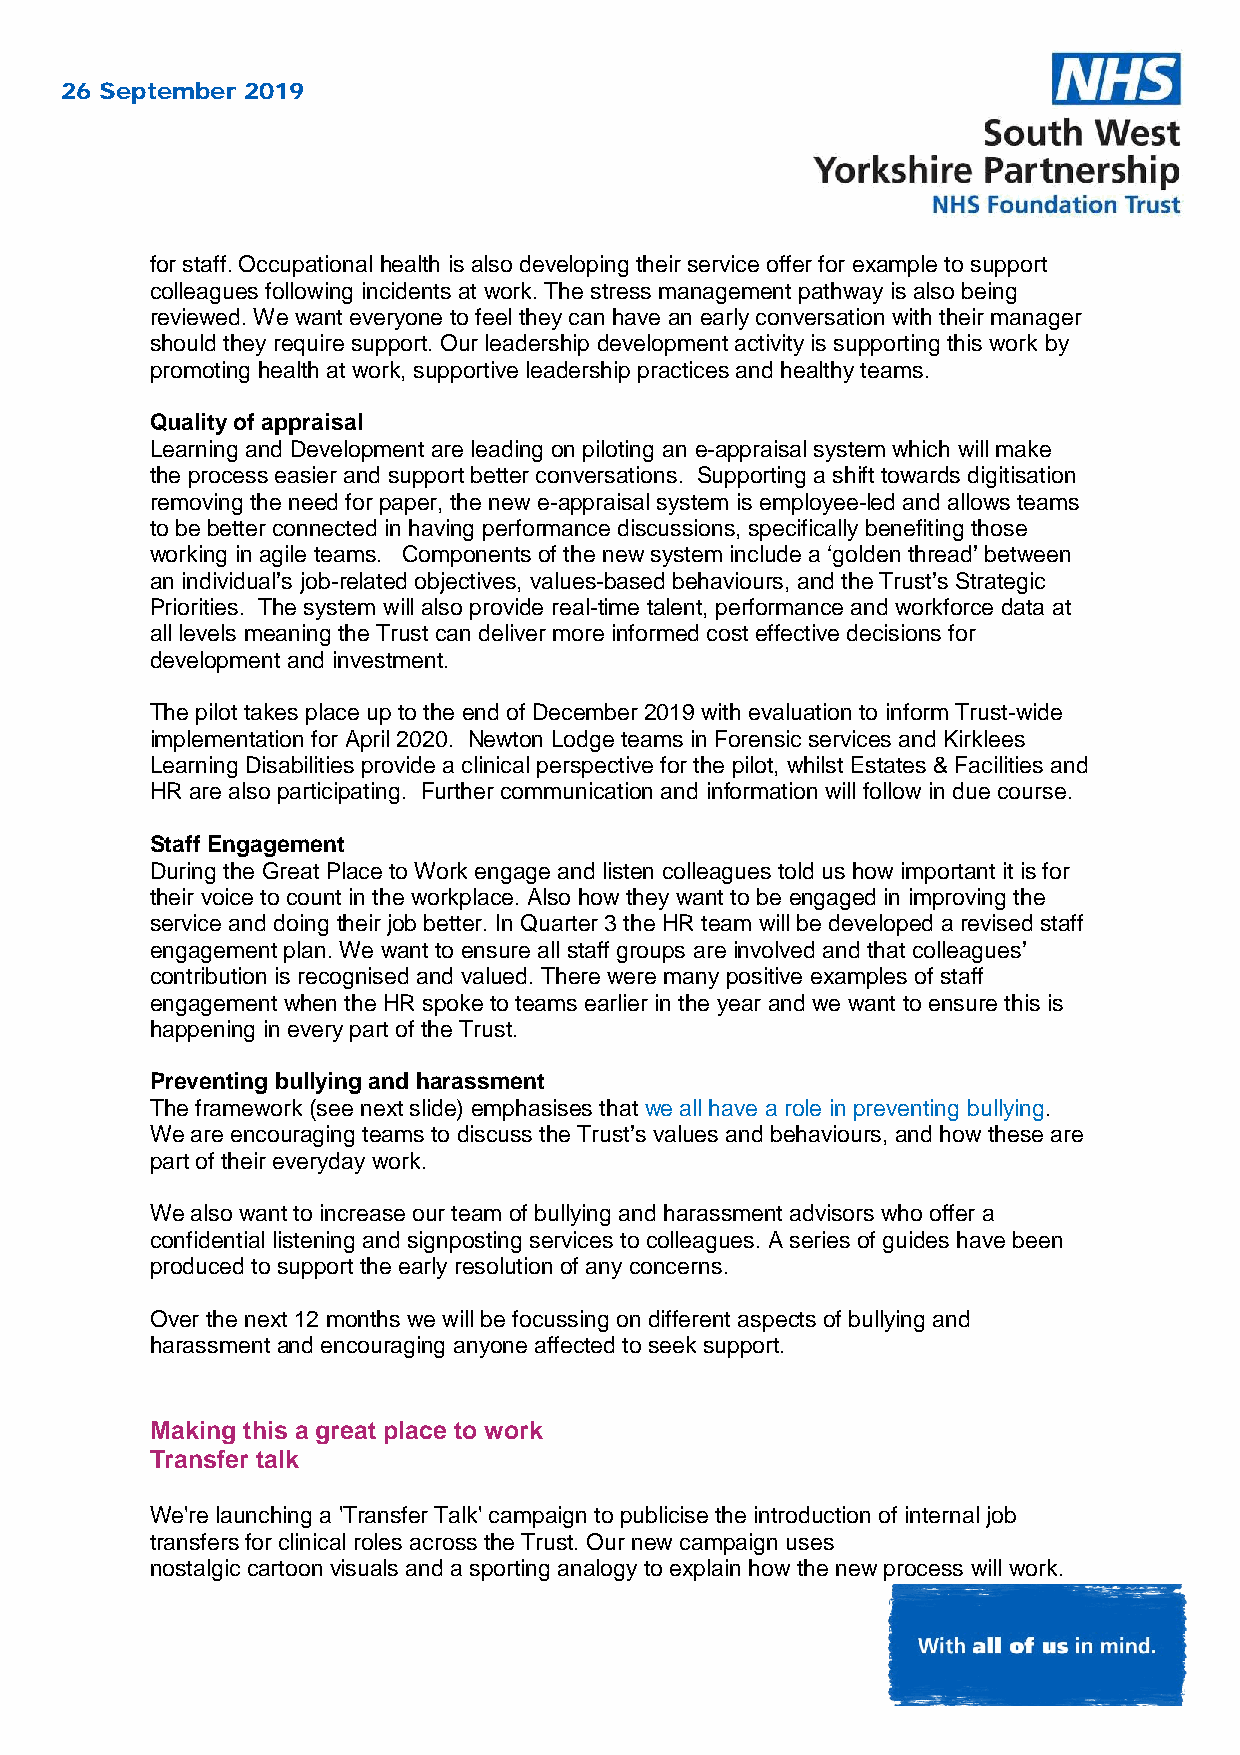
26 September 2019
 for staff. Occupational health is also developing their service offer for example to support
 colleagues following incidents at work. The stress management pathway is also being
 reviewed. We want everyone to feel they can have an early conversation with their manager
 should they require support. Our leadership development activity is supporting this work by
 promoting health at work, supportive leadership practices and healthy teams.
 Quality of appraisal
 Learning and Development are leading on piloting an e-appraisal system which will make
 the process easier and support better conversations. Supporting a shift towards digitisation
 removing the need for paper, the new e-appraisal system is employee-led and allows teams
 to be better connected in having performance discussions, specifically benefiting those
 working in agile teams. Components of the new system include a ‘golden thread’ between
 an individual’s job-related objectives, values-based behaviours, and the Trust’s Strategic
 Priorities. The system will also provide real-time talent, performance and workforce data at
 all levels meaning the Trust can deliver more informed cost effective decisions for
 development and investment.
 The pilot takes place up to the end of December 2019 with evaluation to inform Trust-wide
 implementation for April 2020. Newton Lodge teams in Forensic services and Kirklees
 Learning Disabilities provide a clinical perspective for the pilot, whilst Estates & Facilities and
 HR are also participating. Further communication and information will follow in due course.
 Staff Engagement
 During the Great Place to Work engage and listen colleagues told us how important it is for
 their voice to count in the workplace. Also how they want to be engaged in improving the
 service and doing their job better. In Quarter 3 the HR team will be developed a revised staff
 engagement plan. We want to ensure all staff groups are involved and that colleagues’
 contribution is recognised and valued. There were many positive examples of staff
 engagement when the HR spoke to teams earlier in the year and we want to ensure this is
 happening in every part of the Trust.
 Preventing bullying and harassment
 The framework (see next slide) emphasises that we all have a role in preventing bullying.
 We are encouraging teams to discuss the Trust’s values and behaviours, and how these are
 part of their everyday work.
 We also want to increase our team of bullying and harassment advisors who offer a
 confidential listening and signposting services to colleagues. A series of guides have been
 produced to support the early resolution of any concerns.
 Over the next 12 months we will be focussing on different aspects of bullying and
 harassment and encouraging anyone affected to seek support.
 Making this a great place to work
 Transfer talk
 We're launching a 'Transfer Talk' campaign to publicise the introduction of internal job
 transfers for clinical roles across the Trust. Our new campaign uses
 nostalgic cartoon visuals and a sporting analogy to explain how the new process will work.